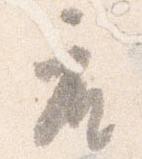
座